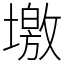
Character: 墽